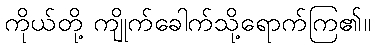
ကိုယ်တို့ ကျိုက်ခေါက်သို့ရောက်ကြ၏။